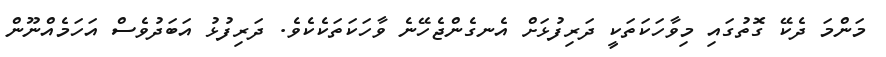
މަންމަ ދެކޭ ގޮތުގައި މިވާހަކަތަކީ ދަރިފުޅަށް އެނގެންޖެހޭނެ ވާހަކަތަކެކެވެ. ދަރިފުޅު އަބަދުވެސް އަހަމެއްނޫން